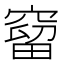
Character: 𥧥